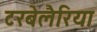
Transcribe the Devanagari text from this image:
टरबेलैरिया